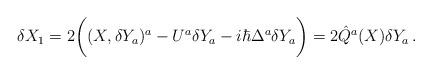
LaTeX: \begin{align*}\delta X_1=2\bigg((X,\delta Y_a)^a-U^a\delta Y_a - i\hbar\Delta^a\delta Y_a\bigg)=2\hat{Q}^a(X)\delta Y_a\,.\end{align*}